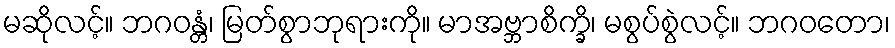
မဆိုလင့်။ ဘဂဝန္တံ၊ မြတ်စွာဘုရားကို။ မာအဗ္ဘာစိက္ခိ၊ မစွပ်စွဲလင့်။ ဘဂဝတော၊